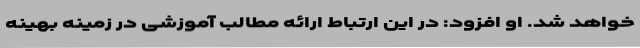
خواهد شد. او افزود: در این ارتباط ارائه مطالب آموزشی در زمینه بهینه